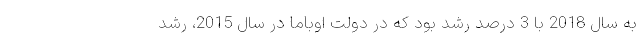
به سال 2018 با 3 درصد رشد بود که در دولت اوباما در سال 2015، رشد